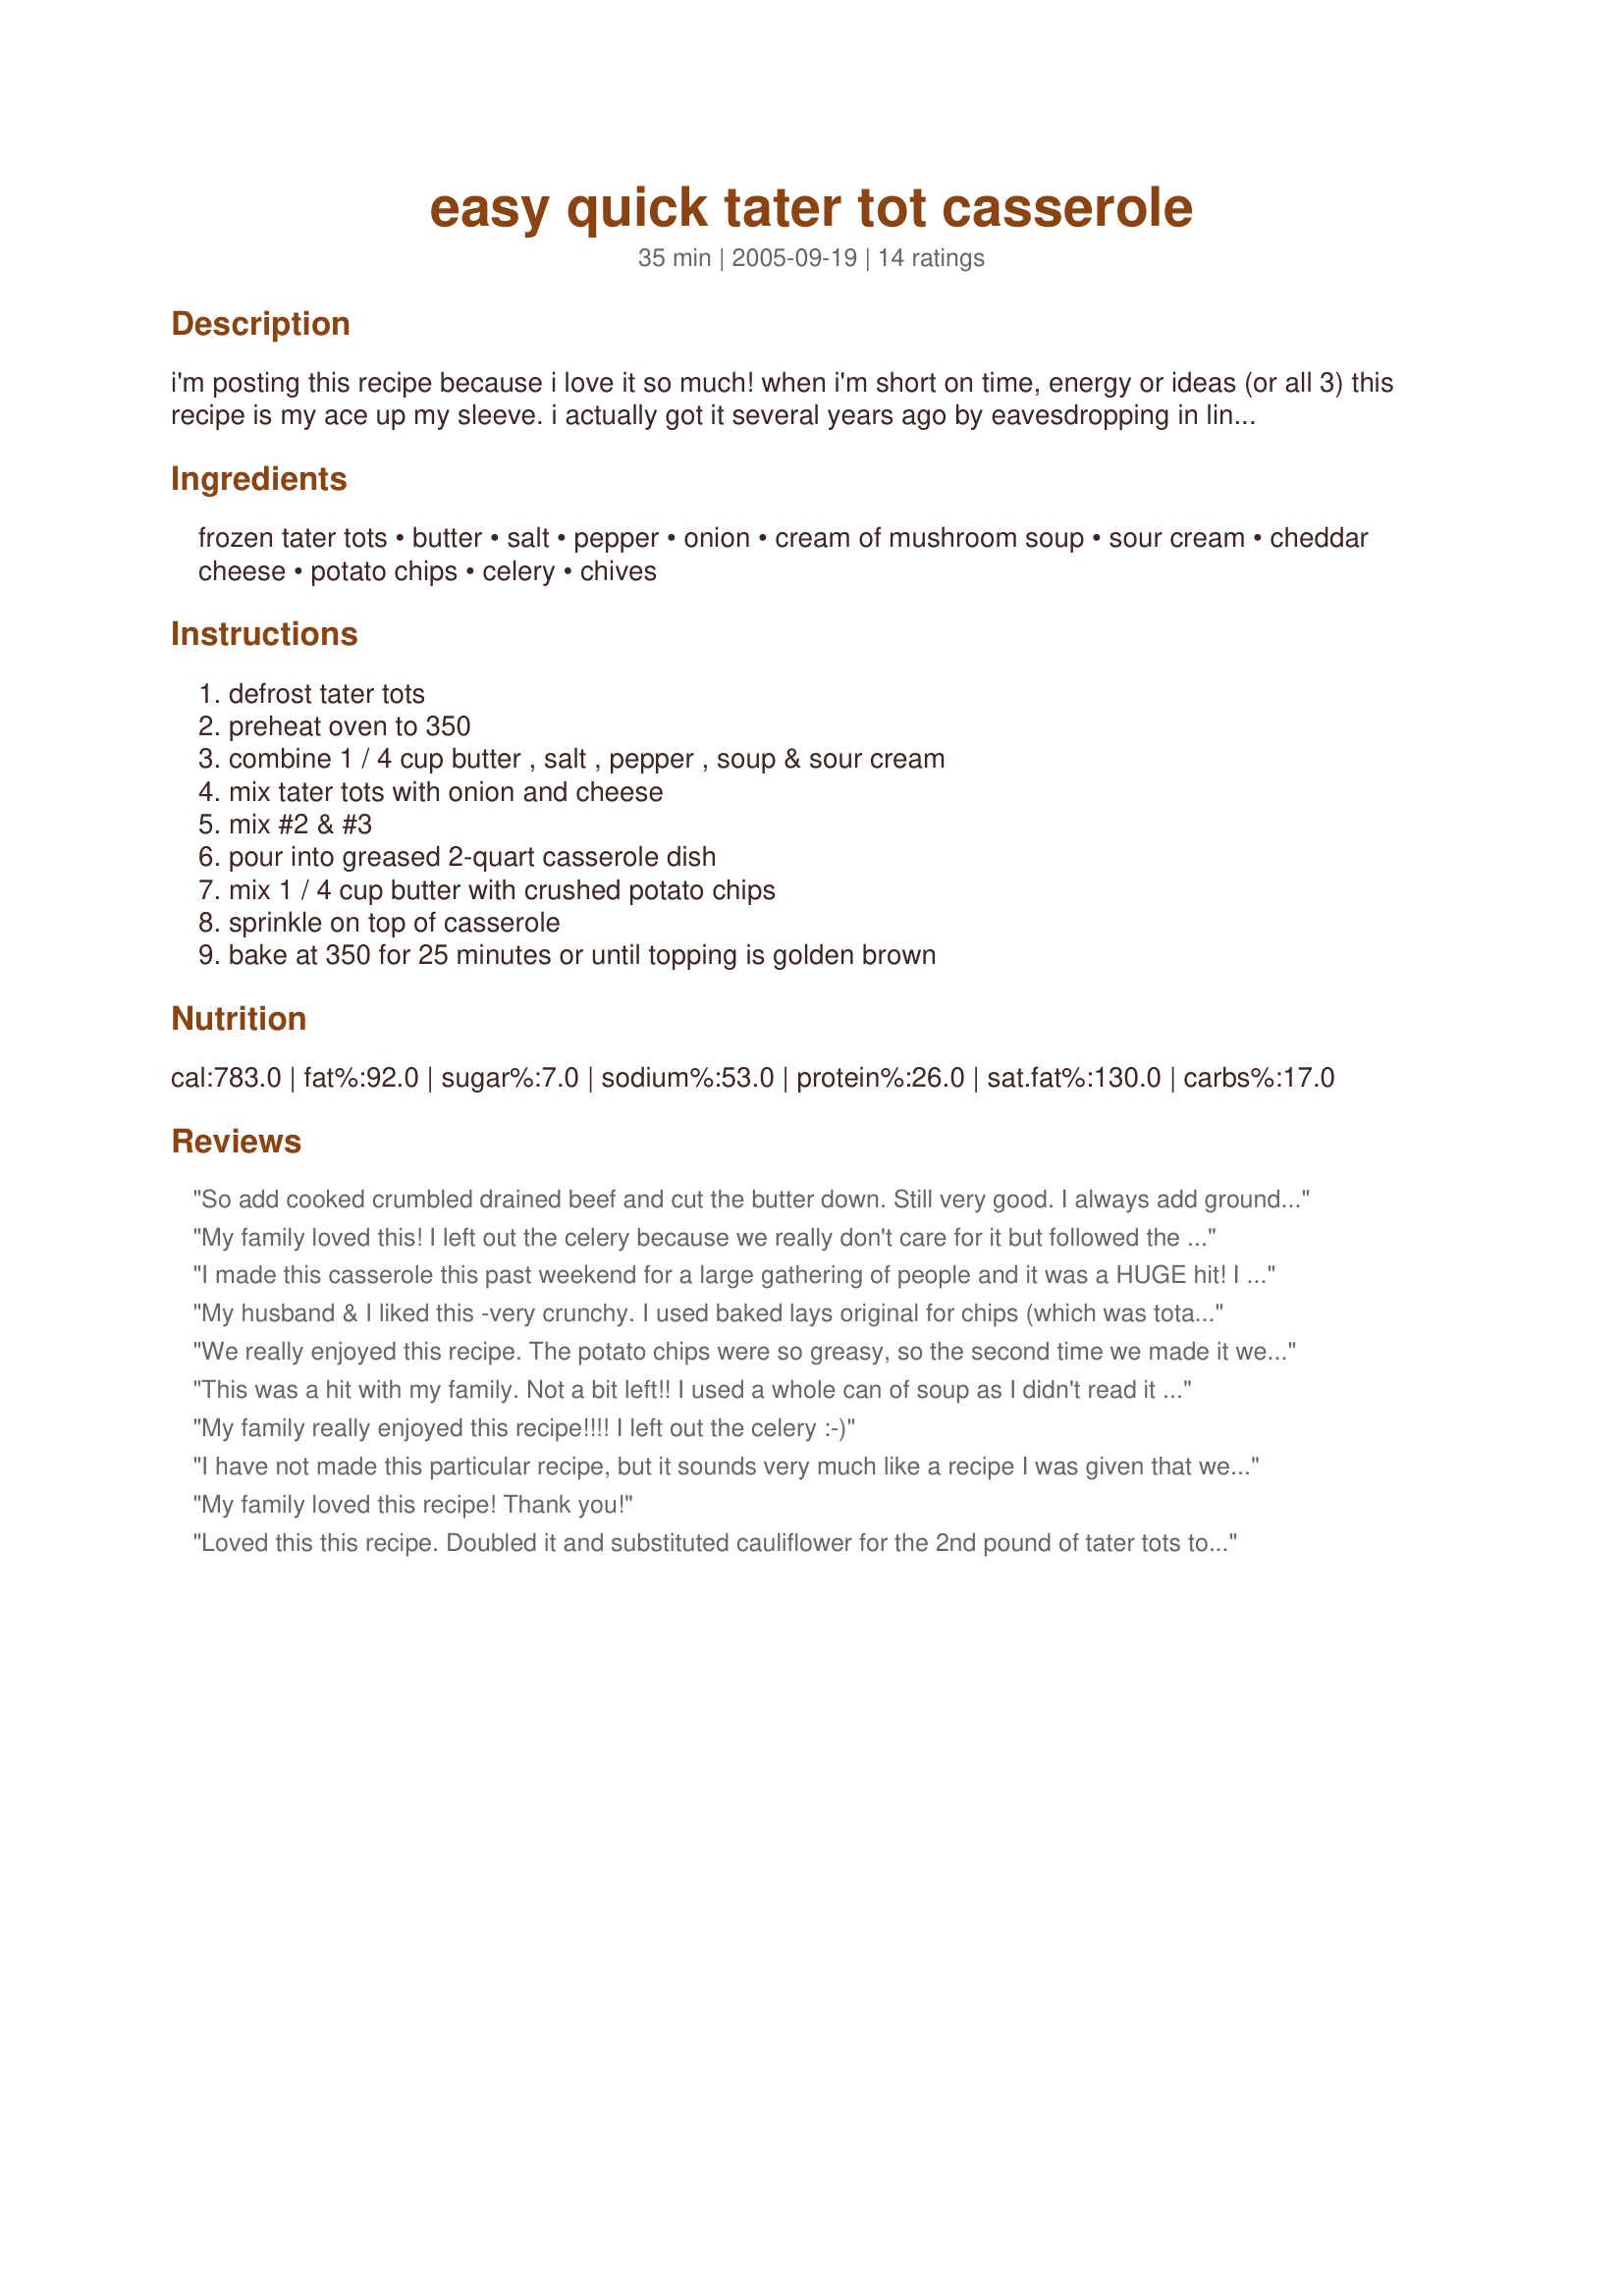
easy quick tater tot casserole
Preparation time: 35 minutes

i'm posting this recipe because i love it so much! when i'm short on time, energy or ideas (or all 3) this recipe is my ace up my sleeve. i actually got it several years ago by eavesdropping in line at some mega mart on a distinguish established southern belle advising a young newlywed southern belle. but, don't worry, she was pleased to know i, too, was taking notes. i tweaked her recipe to my liking; i love onions and cheese, and prefer the cream of mushroom. also, i prefer to leave out the celery, but my family likes it in.

Ingredients:
frozen tater tots, butter, salt, pepper, onion, cream of mushroom soup, sour cream, cheddar cheese, potato chips, celery, chives

Steps:
defrost tater tots, preheat oven to 350, combine 1 / 4 cup butter , salt , pepper , soup & sour cream, mix tater tots with onion and cheese, mix #2 & #3, pour into greased 2-quart casserole dish, mix 1 / 4 cup butter with crushed potato chips, sprinkle on top of casserole, bake at 350 for 25 minutes or until topping is golden brown

Reviews:
So add cooked crumbled drained beef and cut the butter down. Still very good. I always add ground beef and I always seem to forget the butter. Still tastes Great!
My family loved this! I left out the celery because we really don't care for it but followed the rest of the directions. It made a nice 7 by 11 inch casserole. It was so good I only got 4 servings but they were rather large. Thanks for sharing your recipe. Made for PAC Spring 2010.
I made this casserole this past weekend for a large gathering of people and it was a HUGE hit! I doubled up the recipe so there would be enough for a large group. It ended up being everyone&#039;s favorite dish and I got several compliments on it. I used cream of chicken soup and left the celery out, I also did not put chips on the top of it and I&#039;m glad that I didn&#039;t because it was great the way it was. I definitely recommend this recipe!
My husband & I liked this -very crunchy. I used baked lays original for chips (which was totally awesome as they are not greasy!), mild cheddar and red onion. I got two words for this recipe... Yummy & Crunchy. Will try the breakfast one next.
We really enjoyed this recipe. The potato chips were so greasy, so the second time we made it we left off the chips, divided the cheese and put half of it on top. We cut the amount of butter in half because we added chopped roasted jalapenos and crumbled bacon. We also broke up the tots a little before mixing with the other ingredients. We liked that texture better in the finished dish. Thank you!
This was a hit with my family. Not a bit left!! I used a whole can of soup as I didn't read it correctly but it did not hurt it. It was delicious. The next time I make it I will not use the potato chips on top. They tasted way too greasy. I will use cornflakes or other similar tasting cereal with the butter. Thanks for listing this recipe.
My family really enjoyed this recipe!!!! I left out the celery :-)
I have not made this particular recipe, but it sounds very much like a recipe I was given that we call Cheesy Potatoes. ..because I don&#039;t want to call them by the name that was given for them, which is Funeral Potatoes. The following is how they got their namesake:

Funeral potatoes (also known as Mormon funeral potatoes) are a traditional potato hotdish, or casserole, that originated in the Intermountain West region of the United States. People called this dish funeral potatoes because the casserole is commonly served as a side dish during traditional after-funeral dinners, such as those planned by members of Relief Society (an LDS auxiliary organization). Funeral potatoes are also served at other social gatherings, such as potlucks, typically in areas with a significant Latter-day Saint population in the Mormon Corridor .

The dish usually consists of hash browns or cubed potatoes, cheese (cheddar or Parmesan), onions, cream soup (chicken, mushroom, or celery) or a cream sauce, sour cream, and is topped with butter and corn flakes or crushed potato chips. Ingredients in other variations include cubed baked ham, frozen peas, or broccoli florets.

So yeah....very close and VERY GOOD and never anything left over!
My family loved this recipe! Thank you!
Loved this this recipe. Doubled it and substituted cauliflower for the 2nd pound of tater tots to make it more healthy. Substituted crushed cornflake crumbs instead of potato chips. Will make again.
Modified it a bit: 2 lbs tater tots 3/4 cup melted butter (all mixed in) 6oz can of fried onions, (no potato chips, no minced/chopped onion).. (half of fried onion mixed in. Then half for the top - during last 10 minutes of baking) 1/2 cup of premixed French Onion sour cream dip The entire 10.5 ounce can of mushroom soup 2 1/2 cups shredded cheese (no celery) ...and it was gone before everyone left the table!
This is actually quite good. I have been looking for one without the ground beef in it. I did add one can of diced green chilies to it though. My husband and son llike them in everything..lol. I also added a can of french style green beans well drained. Thank you for sharing this recipe. I will use it over and over again. I did leave off the potato chips on the top, however.
This was a hit for my family. My husband and my son loved it. Very easy to make. Made for PAC 2010
Wow this recipe calls for a LOT of butter!
